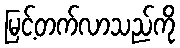
မြင့်တက်လာသည်ကို